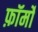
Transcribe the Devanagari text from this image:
फ़ॉर्मों